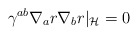
\begin{align*}\gamma^{ab}\nabla_ar\nabla_br|_{\cal H}=0\end{align*}